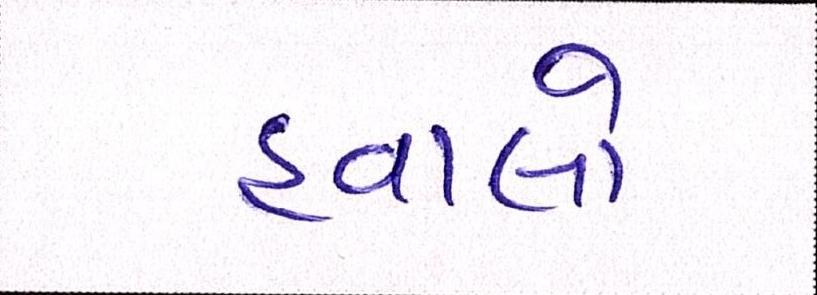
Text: હવાલો